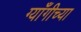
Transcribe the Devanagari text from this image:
ग्याँगीच्या